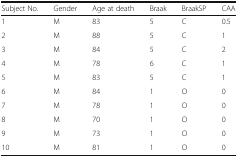
<table><thead><tr><td><b>Subject No.</b></td><td><b>Gender</b></td><td><b>Age at death</b></td><td><b>Braak</b></td><td><b>BraakSP</b></td><td><b>CAA</b></td></tr></thead><tbody><tr><td>1</td><td>M</td><td>83</td><td>5</td><td>C</td><td>0.5</td></tr><tr><td>2</td><td>M</td><td>88</td><td>5</td><td>C</td><td>1</td></tr><tr><td>3</td><td>M</td><td>84</td><td>5</td><td>C</td><td>2</td></tr><tr><td>4</td><td>M</td><td>78</td><td>6</td><td>C</td><td>1</td></tr><tr><td>5</td><td>M</td><td>83</td><td>5</td><td>C</td><td>1</td></tr><tr><td>6</td><td>M</td><td>84</td><td>1</td><td>O</td><td>0</td></tr><tr><td>7</td><td>M</td><td>78</td><td>1</td><td>O</td><td>0</td></tr><tr><td>8</td><td>M</td><td>70</td><td>1</td><td>O</td><td>0</td></tr><tr><td>9</td><td>M</td><td>73</td><td>1</td><td>O</td><td>0</td></tr><tr><td>10</td><td>M</td><td>81</td><td>1</td><td>O</td><td>0</td></tr></tbody></table>